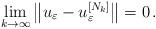
LaTeX: \begin{align*} \lim_{k\to\infty} \big\Vert u_\varepsilon - u_\varepsilon^{[N_k]} \big\Vert =0 \,.\end{align*}